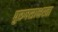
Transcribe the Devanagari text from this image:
पुरुषसाक्षरता